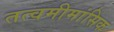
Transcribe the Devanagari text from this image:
तत्वमीमांसिक